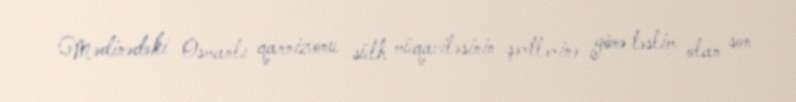
Mədinədəki Osmanlı qarnizonu sülh müqaviləsinin şərtlərinə görə təslim olan son